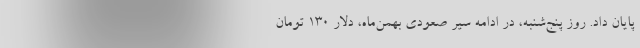
پایان داد. روز پنج‌شنبه،‌ در ادامه سیر صعودی بهمن‌ماه‌، دلار ۱۳۰ تومان